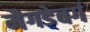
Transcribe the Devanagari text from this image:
मैगडेबर्ग